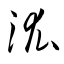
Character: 汯